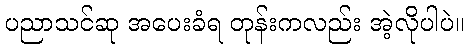
ပညာသင်ဆု အပေးခံရ တုန်းကလည်း အဲ့လိုပါပဲ။